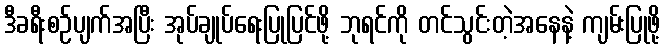
ဒီခရီးစဉ်ပျက်အပြီး အုပ်ချုပ်ရေးပြုပြင်ဖို့ ဘုရင်ကို တင်သွင်းတဲ့အနေနဲ့ ကျမ်းပြုဖို့